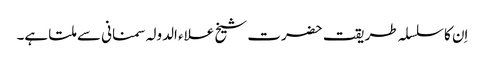
اِن کا سلسلہ طریقت حضرت شیخ علاء الدولہ سمنانی سے ملتا ہے۔